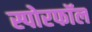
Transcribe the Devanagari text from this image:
स्पोरफॉल